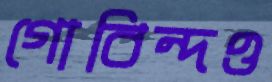
গোবিন্দও